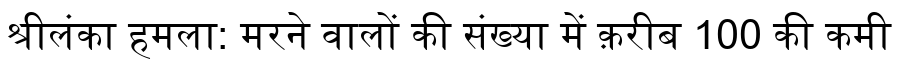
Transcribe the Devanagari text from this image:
श्रीलंका हमला: मरने वालों की संख्या में क़रीब 100 की कमी